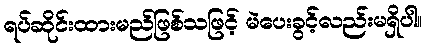
ရပ်ဆိုင်းထားမည်ဖြစ်သဖြင့် မဲပေးခွင့်လည်းမရှိပါ။